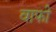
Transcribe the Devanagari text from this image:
वाफी